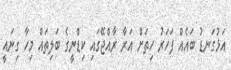
އަޅުގަނޑު ބައެއް ފަހަރު ހިތަށް އަރާ ރާއްޖޭގައި ކިޑްނީގެ ބަލިތައް މިހާ ގިނައީ